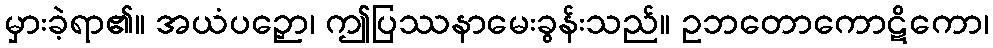
မှားခဲ့ရာ၏။ အယံပဉှော၊ ဤပြဿနာမေးခွန်းသည်။ ဥဘတောကောဋိကော၊